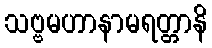
သဗ္ဗမဟာနာမရတ္တာနိ